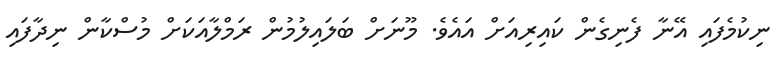
ނިކުމެފައި އޭނާ ފެނިގެން ކައިރިއަށް އައެވެ. މޫނަށް ބަލައިލުމުން ރަމްލާއަކަށް މުސްކާން ނިދާފައި